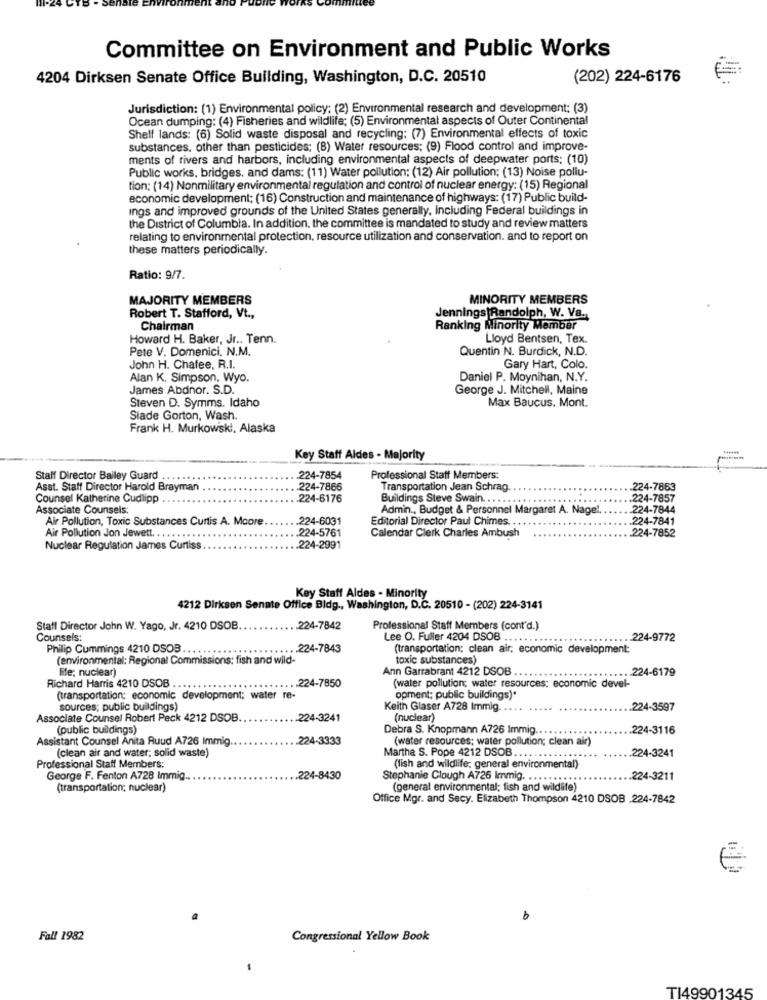
Committee on Environment and Public Works
4204 Dirksen Senate Office Building, Washington, D.C. 20510
(202) 224-6176
Jurisdiction: (1) Environmental policy; (2) Environmental research and development: (3)
Ocean dumping: (4) Fisheries and wildlife; (5) Environmental aspects of Outer Continental
Shelf lands: (6) Solid waste disposal and recycling; (7) Environmental effects of toxic
substances, other than pesticides; (8) Water resources; (9) Flood control and improve-
ments of rivers and harbors, including environmental aspects of deepwater ports; (10)
Public works, bridges. and dams: (11) Water pollution: (12) Air pollution; (13) Noise pollu-
tion: (14) Nonmilitary environmental regulation and control of nuclear energy: (15) Regional
economic development; (16) Construction and maintenance of highways: (17) Public build-
ings and improved grounds of the United States generally, Including Federal buildings in
the District of Columbia. In addition, the committee is mandated to study and review matters
relating to environmental protection, resource utilization and conservation. and to report on
these matters periodically.
Ratio: 9/7.
MAJORITY MEMBERS
MINORITY MEMBERS
Robert T. Stafford, Vt .,
Jennings Randolph, W. Va.
Chairman
Ranking Minority Member
Howard H. Baker, Jr .. Tenn.
Lloyd Bentsen, Tex.
Pete V. Domenici. N.M.
Quentin N. Burdick, N.D.
John H. Chafee, R.I.
Gary Hart, Colo.
Alan K. Simpson, Wyo.
Daniel P. Moynihan, N.Y.
James Abdnor. S.D.
George J. Mitchell, Maine
Steven D. Symms. Idaho
Max Baucus. Mont.
Siade Gorton, Wash.
Frank H. Murkowski, Alaska
Key Staff Aldes - Majority
Staff Director Bailey Guard .
224-7854
Professional Staff Members:
Asst. Staff Director Harold Brayman
.. 224-7866
Transportation Jean Schrag
224-7863
Counsel Katherine Cudlipp
.224-6176
Buildings Steve Swain ... ...
224-7857
Associate Counsels:
Admin ., Budget & Personnel Margaret A. Nagel
.. 224-7844
Air Pollution, Toxic Substances Curtis A. Moore
224-6031
Editorial Director Paul Chimes. . .
224-7841
Air Pollution Jon Jewett ...
......
.224-5761
Calendar Clerk Charles Ambush
.224-7852
Nuclear Regulation James Curtiss
.224-2991
Key Staff Aldes - Minority
4212 Dirksen Senate Office Bidg ., Washington, D.C. 20510 - (202) 224-3141
Staff Director John W. Yago, Jr. 4210 DSOB.
224-7842
Professional Staff Members (cont'd.)
Counsels:
Lee O. Fuller 4204 DSOB ... . . .
... 224-9772
Philip Cummings 4210 DSOB.
224-7843
(transportation; clean air, economic development:
(environmental: Regional Commissions: fish and wild-
toxic substances)
Fife; nuclear)
Ann Garrabrant 4212 DSOB .
... 224-6179
Richard Harris 4210 DSOB
.224-7850
(water pollution; water resources; economic devel-
(transportation: economic development; water re-
opment; public buildings)*
sources; public buildings)
Keith Glaser A728 Immig ..
224-3597
Associate Counsel Robert Peck 4212 DSOB.
.224-3241
(nuclear)
(public buildings)
Debra S. Knopmann A726 Immig ......
224-3116
Assistant Counsel Anita Ruud A726 Immig
224-3333
(water resources; water pollution; clean air)
(clean air and water; solid waste)
224-3241
Marthe S. Pope 4212 DSOB .... . . ..
Professional Staff Members:
(fish and wildlife; general environmental)
George F. Fenton A728 Immig.
224-8430
Stephanie Clough A726 Immig. ...........
.. 224-3211
(transportation; nuclear)
(general environmental; fish and wildlife)
Office Mgr. and Secy. Elizabeth Thompson 4210 DSOB .224-7842
b
Fall 1982
Congressional Yellow Book
TI49901345